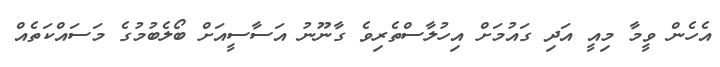
އެހެން ވީމާ މިއީ އަދި ގައުމަށް އިހުލާސްތެރިވެ ގާނޫނު އަސާސީއަށް ބޯލެބުމުގެ މަސައްކަތެއް